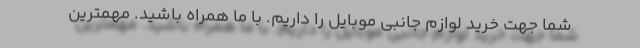
شما جهت خرید لوازم جانبی موبایل را داریم. با ما همراه باشید. مهمترین